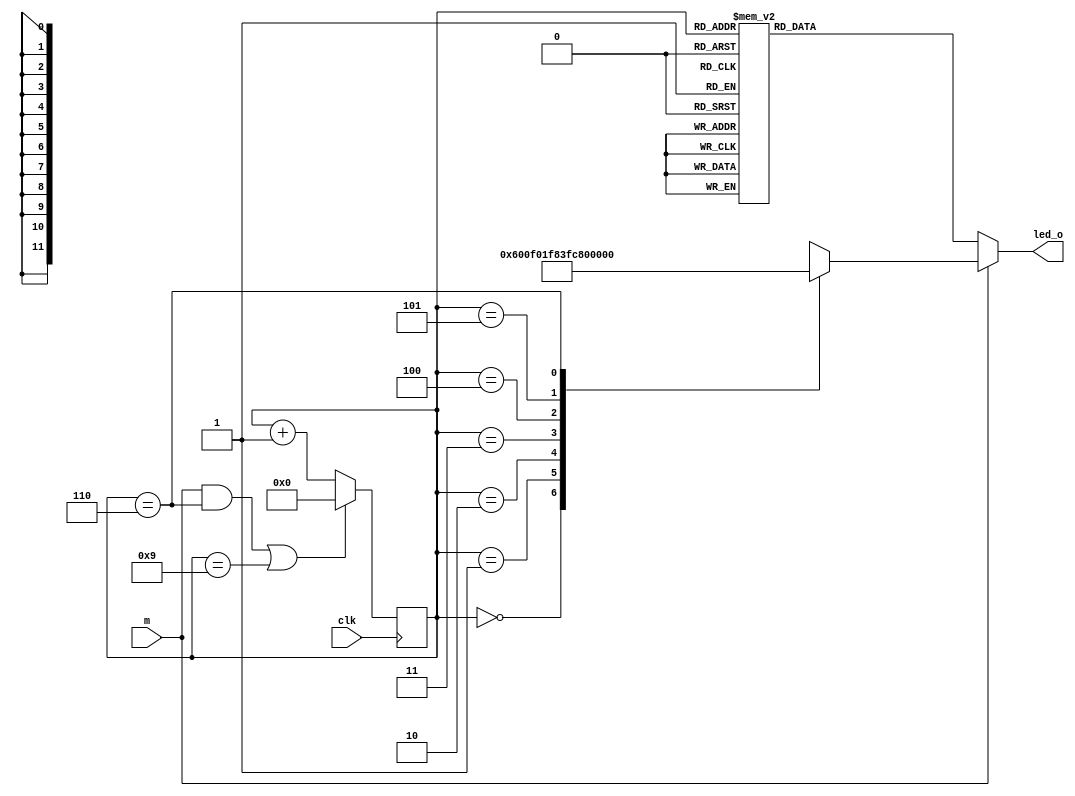
`timescale 1ns / 1ps

module running_led(
    input clk,
    input m,
    output reg[11:0] led_o
    );

    reg[3:0] state_prs = 0;
    reg[3:0] state_ftr;

    //State transtion
    always@(m,state_prs)
        if(m&(state_prs==6)|(state_prs==9))
            state_ftr = 0;
        else
            state_ftr = state_prs + 1;
            
    always@(negedge clk) state_prs<=state_ftr;

    always@(m,state_prs)
        if(m)
            case(state_prs)
                0: led_o=12'b000000000000;
                1: led_o=12'b000001100000;
                2: led_o=12'b000011110000;
                3: led_o=12'b000111111000;
                4: led_o=12'b001111111100;
                5: led_o=12'b011111111110;
                6: led_o=12'b111111111111;
                default: led_o=12'bxxxxxxxxxxxx;
            endcase
        else
            case(state_prs)
                0: led_o=12'b100000000001;
                1: led_o=12'b010000000010;
                2: led_o=12'b001000000100;
                3: led_o=12'b000100001000;
                4: led_o=12'b000010010000;
                5: led_o=12'b000001100000;
                6: led_o=12'b000010010000;
                7: led_o=12'b000100001000;
                8: led_o=12'b001000000100;
                9: led_o=12'b010000000010;
                default: led_o=12'bxxxxxxxxxxxx;
            endcase

endmodule